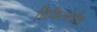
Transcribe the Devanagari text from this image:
चिकित्सेतील